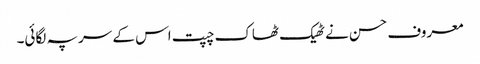
معروف حسن نے ٹھیک ٹھاک چپت اس کے سر پہ لگائی۔